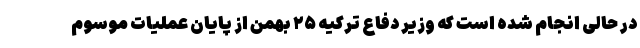
در حالی انجام شده است که وزیر دفاع ترکیه ۲۵ بهمن از پایان عملیات موسوم